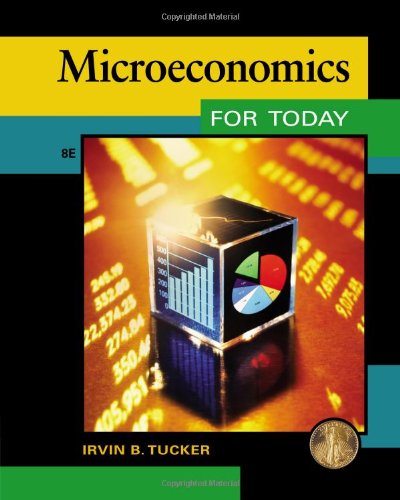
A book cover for Microeconomics for Today; Irvin B. Tucker; Business & Money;